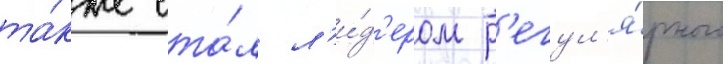
та́кже ста́л л'и́д'ером р'егул'я́рного